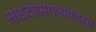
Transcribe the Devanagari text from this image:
साइटोमिगेलोवाइरस